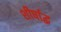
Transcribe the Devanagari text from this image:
शीर्षाद्ध